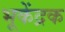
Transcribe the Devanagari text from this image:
भूकेंद्रक